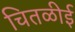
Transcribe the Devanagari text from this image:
चितळीई